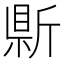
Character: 𭤣